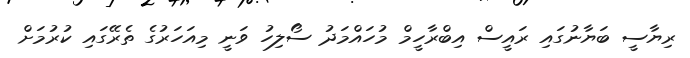
ރިޔާސީ ބަޔާނުގައި ރައީސް އިބްރާހީމް މުހައްމަދު ސޯލިހު ވަނީ މިއަހަރުގެ ތެރޭގައި ކުރުމަށް